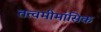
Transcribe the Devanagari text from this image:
तत्वमीमांसिक